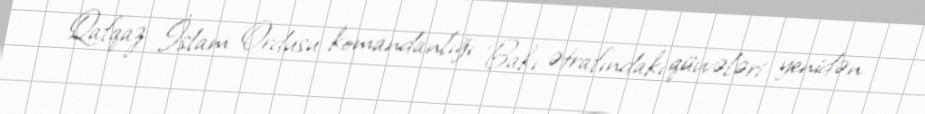
Qafqaz İslam Ordusu komandanlığı Bakı ətrafındakı qüvvələri yenidən